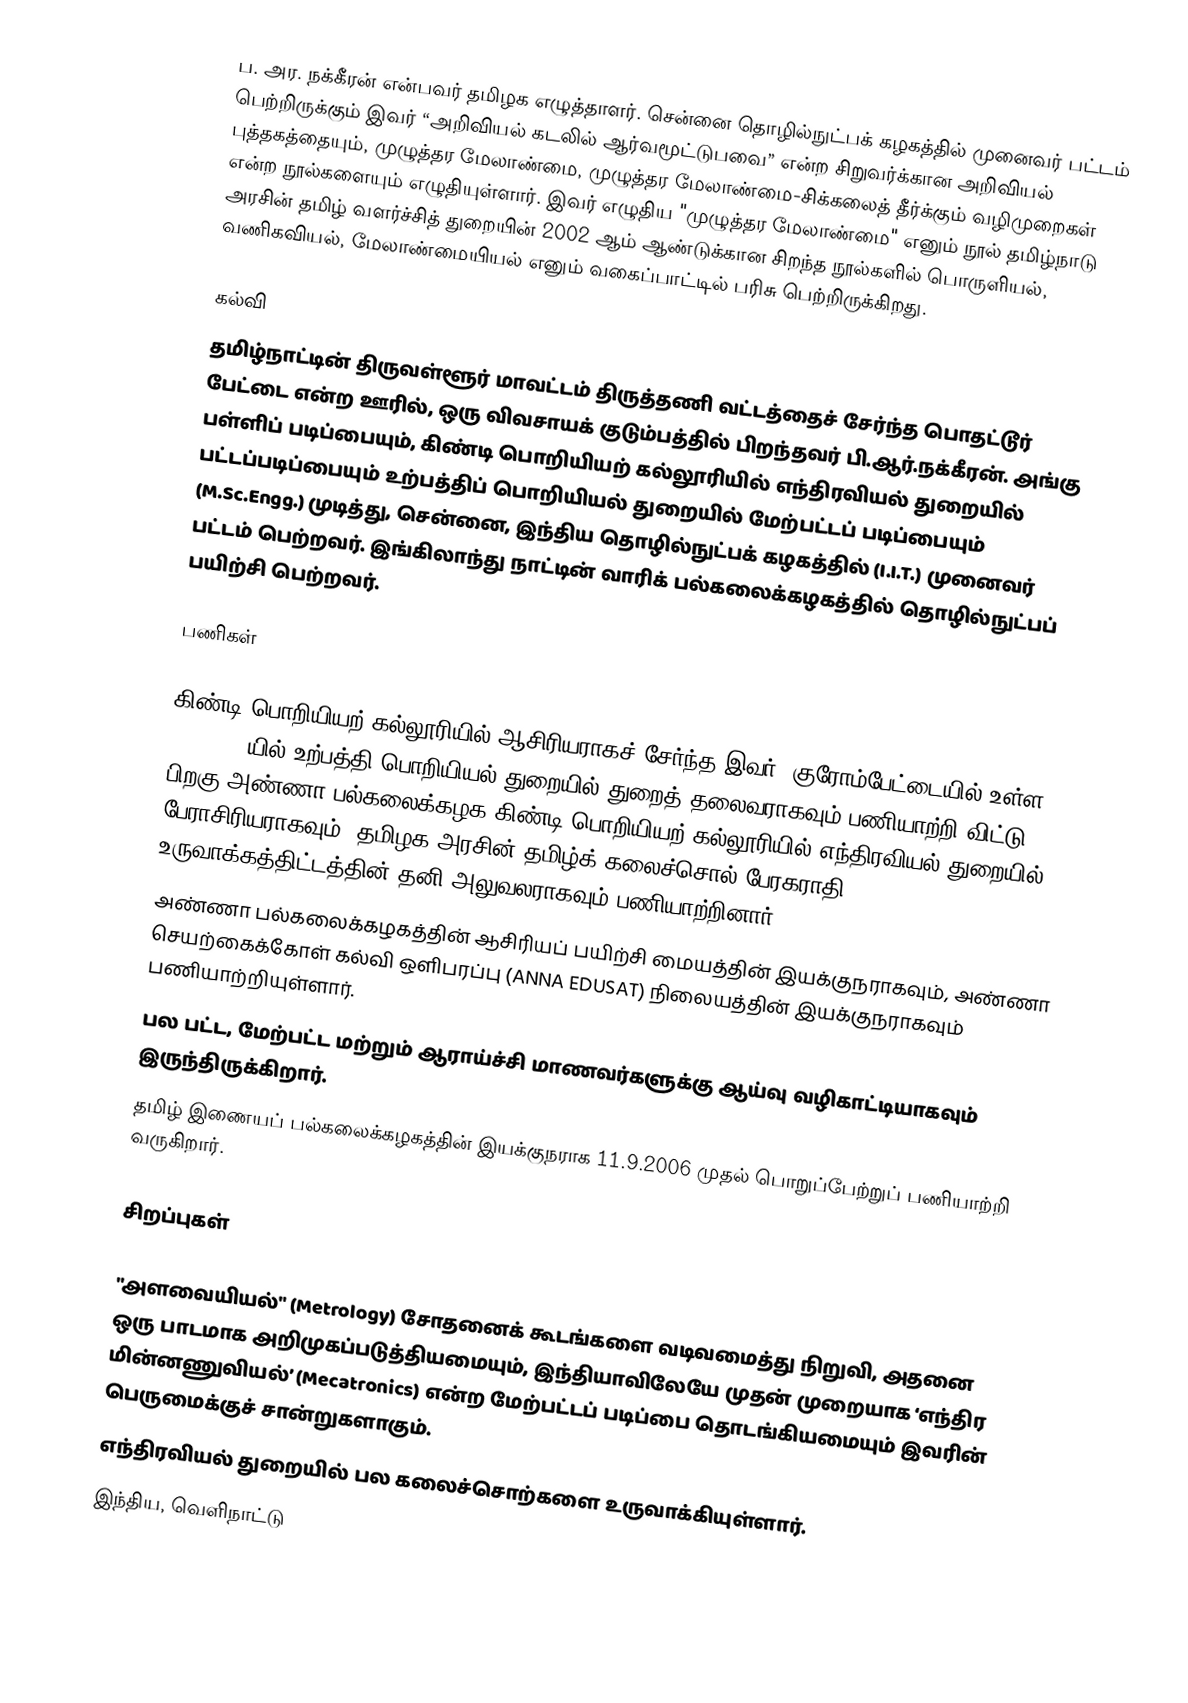
ப. அர. நக்கீரன் என்பவர் தமிழக எழுத்தாளர். சென்னை தொழில்நுட்பக் கழகத்தில் முனைவர் பட்டம் பெற்றிருக்கும் இவர் “அறிவியல் கடலில் ஆர்வமூட்டுபவை” என்ற சிறுவர்க்கான அறிவியல் புத்தகத்தையும், முழுத்தர மேலாண்மை, முழுத்தர மேலாண்மை-சிக்கலைத் தீர்க்கும் வழிமுறைகள் என்ற நூல்களையும் எழுதியுள்ளார். இவர் எழுதிய "முழுத்தர மேலாண்மை" எனும் நூல் தமிழ்நாடு அரசின் தமிழ் வளர்ச்சித் துறையின் 2002 ஆம் ஆண்டுக்கான சிறந்த நூல்களில் பொருளியல், வணிகவியல், மேலாண்மையியல் எனும் வகைப்பாட்டில் பரிசு பெற்றிருக்கிறது.

கல்வி
தமிழ்நாட்டின் திருவள்ளூர் மாவட்டம்  திருத்தணி வட்டத்தைச் சேர்ந்த பொதட்டூர் பேட்டை என்ற ஊரில், ஒரு விவசாயக் குடும்பத்தில் பிறந்தவர் பி.ஆர்.நக்கீரன். அங்கு பள்ளிப் படிப்பையும், கிண்டி பொறியியற் கல்லூரியில் எந்திரவியல் துறையில் பட்டப்படிப்பையும் உற்பத்திப் பொறியியல் துறையில் மேற்பட்டப் படிப்பையும் (M.Sc.Engg.) முடித்து, சென்னை, இந்திய தொழில்நுட்பக் கழகத்தில் (I.I.T.) முனைவர் பட்டம் பெற்றவர். இங்கிலாந்து நாட்டின் வாரிக் பல்கலைக்கழகத்தில் தொழில்நுட்பப் பயிற்சி பெற்றவர்.

பணிகள்

 கிண்டி பொறியியற் கல்லூரியில் ஆசிரியராகச் சேர்ந்த இவர், குரோம்பேட்டையில் உள்ள (M.I.T.)-யில் உற்பத்தி பொறியியல் துறையில் துறைத் தலைவராகவும் பணியாற்றி விட்டு, பிறகு அண்ணா பல்கலைக்கழக கிண்டி பொறியியற் கல்லூரியில் எந்திரவியல் துறையில் பேராசிரியராகவும், தமிழக அரசின் தமிழ்க் கலைச்சொல் பேரகராதி உருவாக்கத்திட்டத்தின் தனி அலுவலராகவும் பணியாற்றினார்.
 அண்ணா பல்கலைக்கழகத்தின் ஆசிரியப் பயிற்சி மையத்தின் இயக்குநராகவும், அண்ணா செயற்கைக்கோள் கல்வி ஒளிபரப்பு (ANNA EDUSAT) நிலையத்தின்  இயக்குநராகவும் பணியாற்றியுள்ளார்.
 பல பட்ட, மேற்பட்ட மற்றும் ஆராய்ச்சி மாணவர்களுக்கு ஆய்வு வழிகாட்டியாகவும் இருந்திருக்கிறார்.
 தமிழ் இணையப் பல்கலைக்கழகத்தின் இயக்குநராக 11.9.2006 முதல் பொறுப்பேற்றுப் பணியாற்றி வருகிறார்.

சிறப்புகள்

 "அளவையியல்" (Metrology) சோதனைக் கூடங்களை வடிவமைத்து நிறுவி, அதனை ஒரு பாடமாக அறிமுகப்படுத்தியமையும், இந்தியாவிலேயே முதன் முறையாக ‘எந்திர மின்னணுவியல்’ (Mecatronics) என்ற மேற்பட்டப் படிப்பை தொடங்கியமையும் இவரின் பெருமைக்குச் சான்றுகளாகும்.
 எந்திரவியல் துறையில் பல கலைச்சொற்களை உருவாக்கியுள்ளார்.
 இந்திய, வெளிநாட்டு